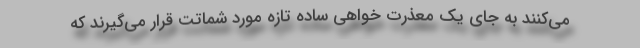
می‌کنند به جای یک معذرت خواهی ساده تازه مورد شماتت قرار می‌گیرند که